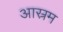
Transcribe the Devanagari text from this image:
आस्रम